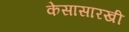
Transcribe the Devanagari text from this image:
केसासारखी